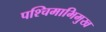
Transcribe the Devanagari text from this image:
पश्‍चिमाभिमुख